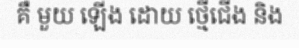
គឺ មួយ ឡើង ដោយ ថ្មើជើង និង